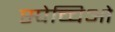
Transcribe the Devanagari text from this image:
स्पेच्चिओ